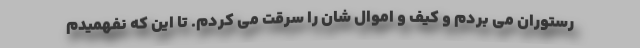
رستوران می بردم و کیف و اموال شان را سرقت می کردم. تا این که نفهمیدم